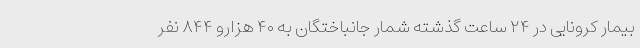
بیمار کرونایی در ۲۴ ساعت گذشته شمار جانباختگان به ۴۰ هزارو ۸۴۴ نفر